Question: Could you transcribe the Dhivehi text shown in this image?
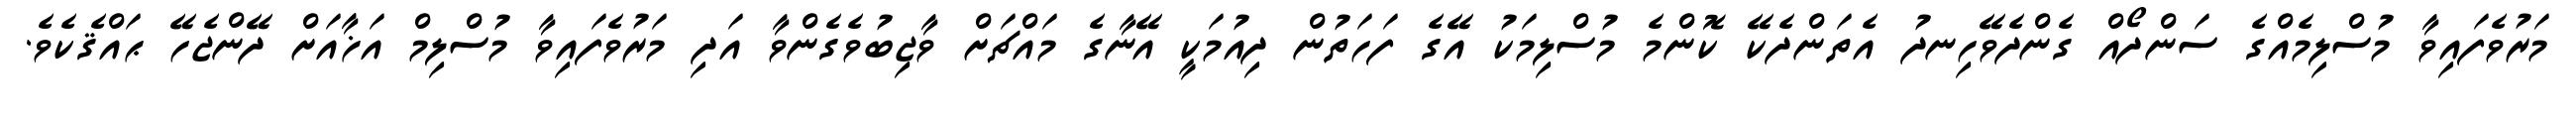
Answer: މަރުވެފައިވާ މުސްލިމެއްގެ ސަންދޯއް ގެންދެވޭހިނދު އެތަންދެކޭ ކޮންމެ މުސްލިމަކު އޭގެ ފަހަތުން ދިއުމަކީ އޭނާގެ މައްޗަށް ވާޖިބުވެގެންވާ އަދި މަރުވެފައިވާ މުސްލިމް އަޚާއަށް ދޭންޖެހޭ ޙައްޤެކެވެ.